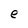
Character: e